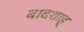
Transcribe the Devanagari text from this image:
बादशाह्